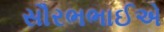
સૌરભભાઈએ